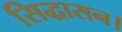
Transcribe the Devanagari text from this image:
सिद्धासन।